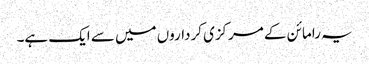
یہ رامائن کے مرکزی کرداروں میں سے ایک ہے۔